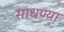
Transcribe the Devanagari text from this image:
साधण्या